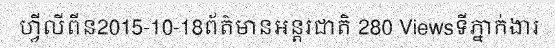
ហ្វីលីពីន2015-10-18ព័ត៌មានអន្តរជាតិ 280 Viewsទីភ្នាក់ងារ